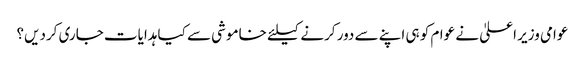
عوامی وزیر اعلیٰ نے عوام کو ہی اپنے سے دور کرنے کیلئے خاموشی سے کیا ہدایات جاری کردیں؟